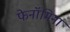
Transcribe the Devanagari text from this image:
फेनॉमिना